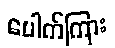
ပေါက်ကြား